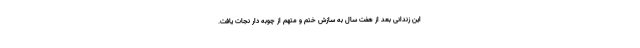
این زندانی بعد از هفت سال به سازش ختم و متهم از چوبه دار نجات یافت.